Calcutta medical institutions reports 1879-81 [i.e.91]
Year: 1879
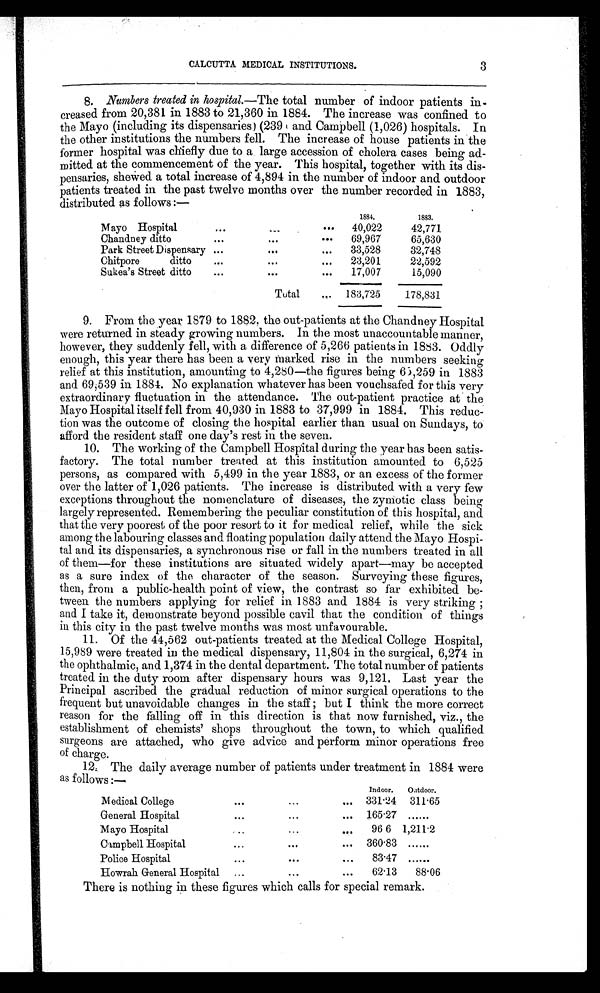
CALCUTTA MEDICAL INSTITUTIONS.
8. Numbers treated in hospital .—The total number of indoor patients in-
creased from 20,381 in 1883 to 21,360 in 1884. The increase was confined to
the Mayo (including its dispensaries) (239 and Campbell (1,026) hospitals. In
the other institutions the numbers fell. The increase of house patients in the
former hospital was chiefly due to a large accession of cholera cases being ad-
mitted at the commencement of the year. This hospital, together with its dis-
pensaries, shewed a total increase of 4,894 in the number of indoor and outdoor
patients treated in the past twelve months over the number recorded in 1883,
distributed as follows:—
1884.
1883.
Mayo Hospital
...
...
. . .
40,022
42,771
Chandney ditto
...
...
. . .
69,967
65,630
Park Street Dispensary ...
...
...
33,528
32,748
Chitpore ditto
...
...
...
23,201
22,592
Sukea's Street ditto
...
...
. . .
17,007
15,090
Total
. . .
183,725
178,831
9. From the year 1879 to 1882, the out-patients at the Chandney Hospital
were returned in steady growing numbers. In the most unaccountable manner,
however, they suddenly fell, with a difference of 5,266 patients in 1883. Oddly
enough, this year there has been a very marked rise in the numbers seeking
relief at this institution, amounting to 4,280—the figures being 65,259 in 1883
and 69,539 in 1884. No explanation whatever has been vouchsafed for this very
extraordinary fluctuation in the attendance. The out-patient practice at the
Mayo Hospital itself fell from 40,930 in 1883 to 37,999 in 1884. This reduc-
tion was the outcome of closing the hospital earlier than usual on Sundays, to
afford the resident staff one day's rest in the seven.
10. The working of the Campbell Hospital during the year has been satis-
factory. The total number treated at this institution amounted to 6,525
persons, as compared with 5,499 in the year 1883, or an excess of the former
over the latter of 1,026 patients. The increase is distributed with a very few
exceptions throughout the nomenclature of diseases, the zyniotic class being
largely represented. Remembering the peculiar constitution of this hospital, and
that the very poorest of the poor resort to it for medical relief, while the sick
among the labouring classes and floating population daily attend the Mayo Hospi-
tal and its dispensaries, a synchronous rise or fall in the numbers treated in all
of them—for these institutions are situated widely apart—may be accepted
as a sure index of the character of the season. Surveying these figures,
then, from a public-health point of view, the contrast so far exhibited be-
tween the numbers applying for relief in 1883 and 1884 is very striking;
and I take it, demonstrate beyond possible cavil that the condition of things
in this city in the past twelve months was most unfavourable.
11. Of the 44,562 out-patients treated at the Medical College Hospital,
15,989 were treated in the medical dispensary, 11,804 in the surgical, 6,274 in
the ophthalmic, and 1,374 in the dental department. The total number of patients
treated in the duty room after dispensary hours was 9,121. Last year the
Principal ascribed the gradual reduction of minor surgical operations to the
frequent but unavoidable changes in the staff; but I think the more correct
reason for the falling off in this direction is that now furnished, viz., the
establishment of chemists' shops throughout the town, to which qualified
surgeons are attached, who give advice and perform minor operations free
of charge.
12. The daily average number of patients under treatment in 1884 were
as follows:—
Indoor.
Outdoor.
Medical College
...
...
... 331.24 311.65
General Hospital
...
...
... 165.27 ......
Mayo Hospital
...
...
96.6 1,211.2
Campbell Hospital
...
...
. . . 360.83 ......
Police Hospital
...
...
...
83.47 ......
Howrah General Hospital
...
...
...
62.13
88.06
There is nothing in these figures which calls for special remark.
3